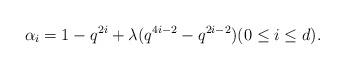
LaTeX: \begin{align*}\alpha_i = 1 - q^{2i} + \lambda (q^{4i-2} - q^{2i-2}) (0 \le i \le d).\end{align*}